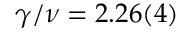
\gamma / \nu = 2 . 2 6 ( 4 )